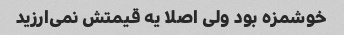
خوشمزه بود ولی اصلا یه قیمتش نمی‌ارزید